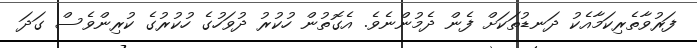
ފަރުވާތެރިކަމާއެކު ދަނޑުތަކަށް ފެން ދެމުންނެވެ. އެގޮތުން ހުކުރު ދުވަހުގެ ހުކުރުގެ ކުރިންވެސް ގަދަ